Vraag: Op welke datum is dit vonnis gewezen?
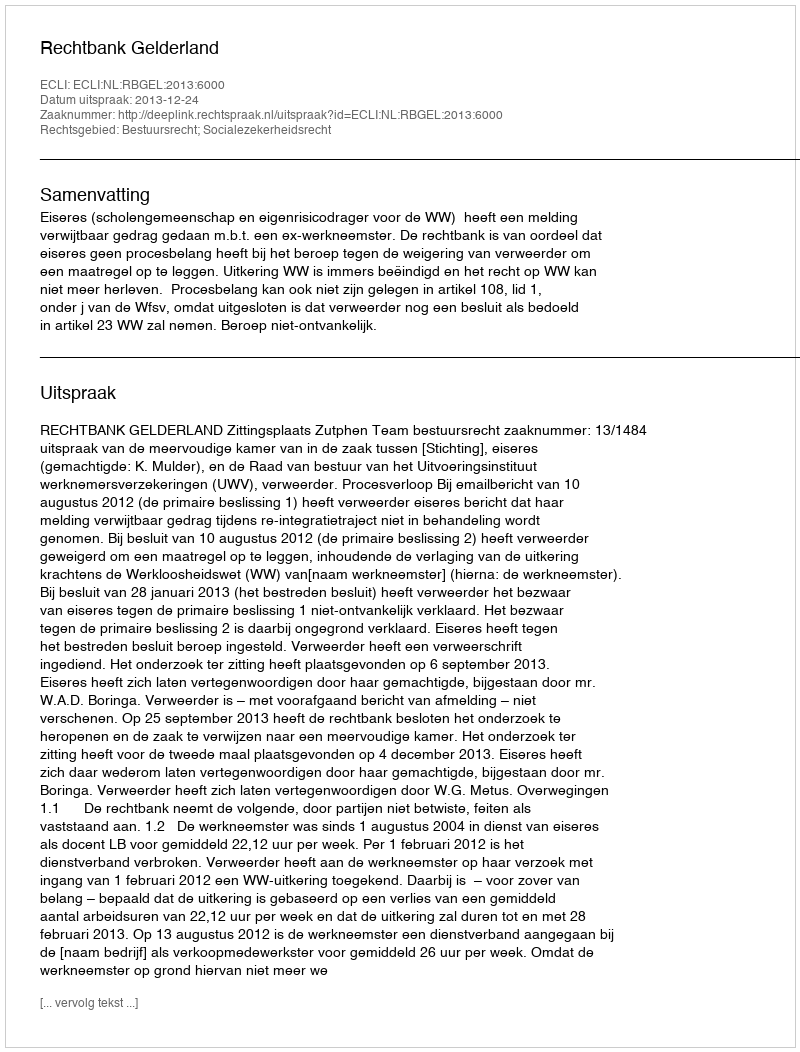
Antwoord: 2013-12-24